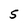
Character: S